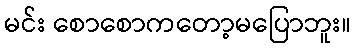
မင်း စောစောကတော့မပြောဘူး။